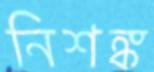
নিশঙ্ক